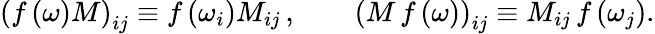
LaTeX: \left(f\left(\omega\right)M\right)_{ij}\equiv f\left(\omega_{i}\right)M_{ij}\, ,\qquad\left(M\, f\left(\omega\right)\right)_{ij}\equiv M_{ij}\, f\left(\omega_{j}\right).